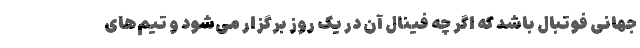
جهانی فوتبال باشد که اگر چه فینال آن در یک روز برگزار می‌شود و تیم‌های